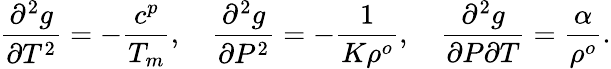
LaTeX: \frac{\partial^{2}g}{\partial T^{2}}=-\frac{c^{p}}{T_{m}},\quad\frac{\partial^{2}g}{\partial P^{2}}=-\frac{1}{K\rho^{o}},\quad\frac{\partial^{2}g}{\partial P\partial T}=\frac{\alpha}{\rho^{o}}.